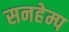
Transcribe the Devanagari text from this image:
सनहेम्प